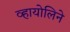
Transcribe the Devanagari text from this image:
व्हायोलिने